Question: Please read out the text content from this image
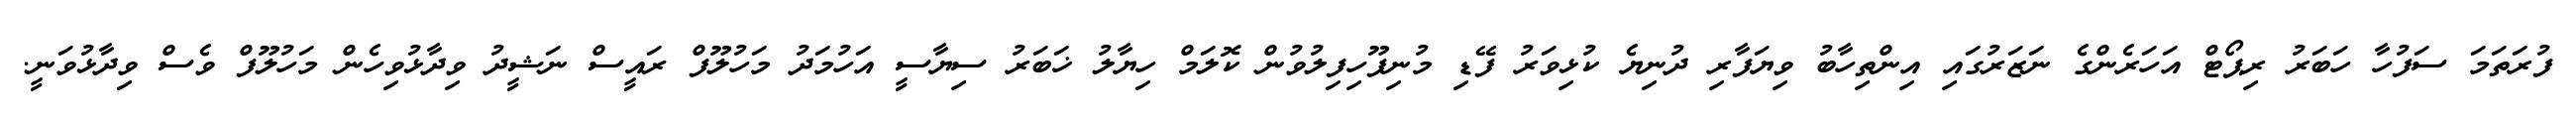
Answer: ފުރަތަމަ ސަފުހާ ހަބަރު ރިޕޯޓް އަހަރެންގެ ނަޒަރުގައި އިންތިހާބު ވިޔަފާރި ދުނިޔެ ކުޅިވަރު ފޭޑި މުނިފޫހިފިލުވުން ކޮލަމް ހިޔާލު ޚަބަރު ސިޔާސީ އަހުމަދު މަހުލޫފް ރައީސް ނަޝީދު ވިދާޅުވިހެން މަހުލޫފް ވެސް ވިދާޅުވަނީ.